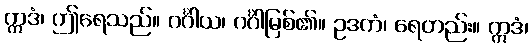
ဣဒံ၊ ဤရေသည်။ ဂင်္ဂါယ၊ ဂင်္ဂါမြစ်၏။ ဥဒကံ၊ ရေတည်း။ ဣဒံ၊